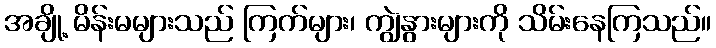
အချို့ မိန်းမများသည် ကြက်များ၊ ကျွဲနွားများကို သိမ်းနေကြသည်။